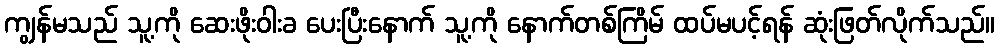
ကျွန်မသည် သူ့ကို ဆေးဖိုးဝါးခ ပေးပြီးနောက် သူ့ကို နောက်တစ်ကြိမ် ထပ်မပင့်ရန် ဆုံးဖြတ်လိုက်သည်။